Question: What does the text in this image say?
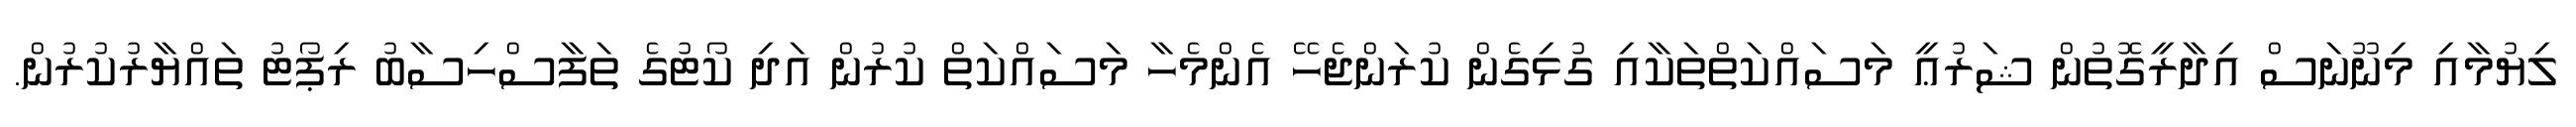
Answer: ލިޔުމާއި މިނޫނަސް އިދާރީގޮތުން ޝަރުޢީ މަސައްކަތްތަކާއި ގުޅިގެން ކުރަންޖެހޭ އެންމެހާ މަސައްކަތް ކުރުން އަދި ކޯޓުގެ ތަފާސްހިސާބު ރިޕޯޓު ތައްޔާރުކުރުން.